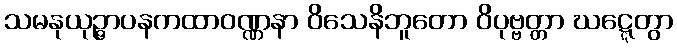
သမနုယုဉ္ဇာပနကထာဝဏ္ဏနာ ဝိသေနိဘူတော ဝိပုဗ္ဗတ္တာ ဃဋ္ဋေတွာ